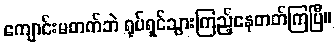
ကျောင်းမတက်ဘဲ ရုပ်ရှင်သွားကြည့်နေတတ်ကြပြီ။